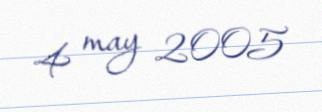
4 may 2005